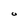
Character: 0